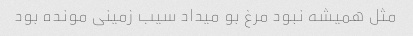
مثل همیشه نبود مرغ بو میداد سیب زمینی مونده بود